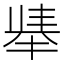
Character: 𫽛